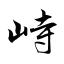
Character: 峙